NAE_EAA_T-354_Tartu_Tamme_Gumnaasium, lk 15
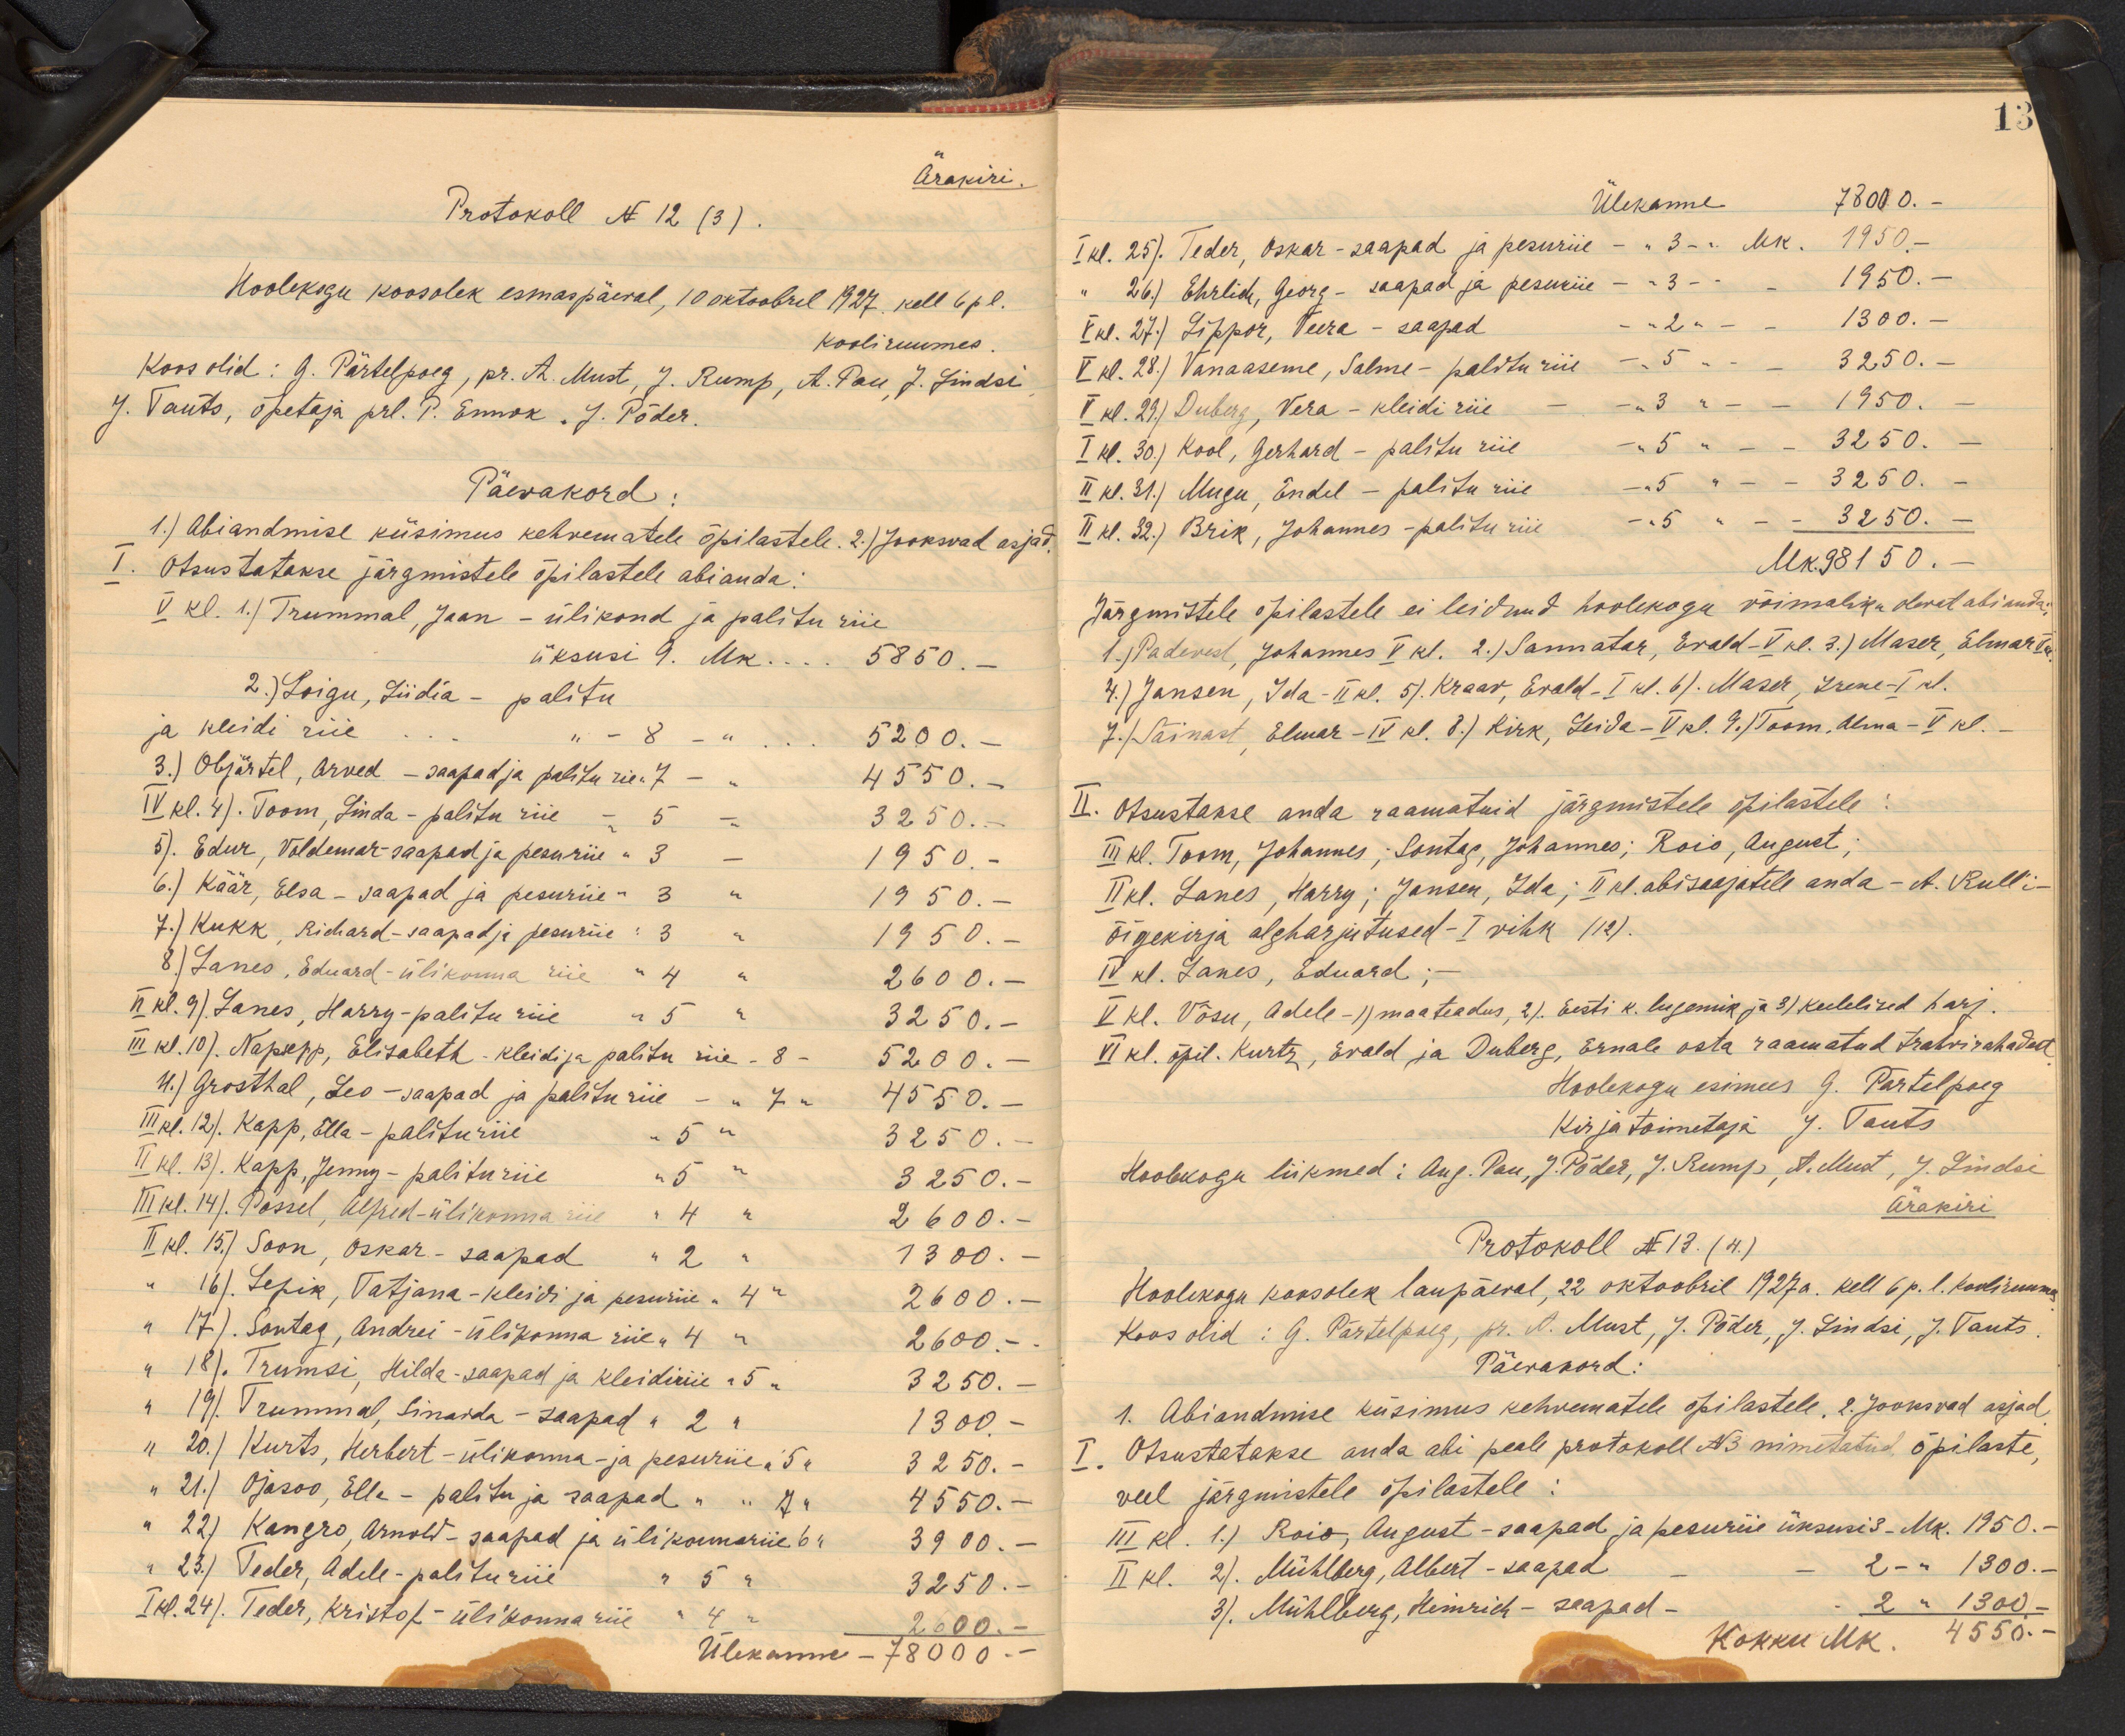
Ärakiri.
Protokoll No 12 (3).
Hoolekogu koosolek esmaspäeval, 10 oktoobril 1927 kell 6 pl.
Kooliruumes
Koos olid: G. Pärtelpoeg, pr. A. Must, J. Rump, A. Pau. J. Lindsi
J. Tauts, õpetaja prl. P. Ennok, J. Põder.
Päevakord:
1.) Abiandmise küsimus kehvematele õpilastele. 2.) Jooksvad asjad,
I. Otsustatakse järgmistele õpilastele abianda:
V kl. 1.) Trummal, Jaan - ülikond ja palitu riie
üksusi 9. Mk... 5850.-
2.) Loigu, Liidia - palitu
ja kleidi riie " " 8 - " 5200.-
3.) Objärtel, Arved - saapad ja palitu riie 7 - - 4550.-
IV kl. 4). Toom, Linda - palitu riie - 5 - 3250.-
3). Edur, Voldemar - saapad ja pesuriie " 3 - 1950.-
6.) Käär, Elsa - saapad ja pesuriie- 3 " " 1950.-
7.) Kukk, Richard - saapadja pesuriie: 3 - 1950
8) Lanes, Eduard - ülikonna riie " 4 " " 2600.-
II kl. 9). Lanes, Harry-palitu riie " 5 " 3250.-
III kl 10). Napsepp, Elisabeth - kleidi ja palitu riie - 8 - 5200.-
4.) Grosthal, Leo - saapad ja palituriie - " 7 " 4550.-
III kl. 12). Kapp, Ella - palituriie - 5 " 3250.-
III kl 14) Kapp, Jenny - palituriie " 5 " 3250.-
III kl. 14). Põssel, Alfred-ülikonna riie "4 " 2600.-
II kl. 15) Soon, Oskar-saapad "2 " 1300.-
"16). Lepik, Tatjana-kleidi ja pesuriie - 4" 2600.-
"17). Sontag, Andrei-ülikonna riie" 4 " 2600. -
"18). Trumsi, Hilda-saapad ja kleidiriie "5 - 3250.-
"19). Trummal, Sinaida - saapad "2 " 1300.-
"20.) Kurts, Herbert - ülikonna- ja pesuriie " 5 " 3250.-
"21.) Ojasoo, Ella - palitu ja saapad " " 7 " 4550.-
"22) Kangro, Arnold - saapad ja ülikonnariie "  6 " 3900.-
"23.) Teder, Adele-palituriie " 5 " 3250.-
I kl. 24). Teder, Kristof - ülikonnariie " 4 " 2600.-
Ülekanne - 78000.-

13
Ülekanne 7800.-
I kl. 25). Teder, Oskar-saapad ja pesuriie - " 3 - " Mk. 1950 --
"26.) Ehrlide, Georg-saapad ja pesuriie --3 - - 1950.-
V kl. 27.) Lippor, Veera - saapad - -2 - 1300.-
V kl. 28.) Vanaaseme, Salme-palituriie - 5 - 3250.-
V kl. 29.) Duberg, Vera - kleidi riie - - 3 - 1950.
I kl. 30) Kool, Gerhard - palitu riie - 5 " - 3250.-
II kl. 31.) Mugu, Endel - palitu riie - 5 " - 3250.-
II kl. 32.) Brik, Johannes - palituriie - 5 " - 3250.-
Mk 98150.-
Järgmistele õpilastele ei leidnud hoolekogu võimaliku olevat abi anda;
1.) Padevest, Johannes V kl. 2.) Sannatar, Evald -V kl. 3.) Maser, Elmar (V
4.) Jansen, Ida - II kl. 5) Kraav, Evald - I kl. 6). Maser, Irene-I kl.
7.) Säinast, Elmar -IV kl. 8.) Kirk, Leida - V kl. 9.) Toom, Alma -V kl.-
II. Otsustakse anda raamatuid järgmistele õpilastele:
III kl. Toom, Johannes; Sontag, Johannes; Rois, August;
II kl. Lanes, Harry;  Jansen, Ida; II kl.) abisaajatele anda - A. Rulli-
õigekirja algharjutused - I vihk (12).
IV kl. Lanes, Eduard;
V kl. Võsu, Adele - 1) maateadus, 2) Eesti k. lugemik ja 3) keelelised harj.
VI kl. õpil. Kurtz, Evald ja Duberg, Ernale osta raamatud trahvirahadest
Hoolekogu esimees G. Pärtelpoeg
Kirja toimetaja J. Tauts
Hoolekogu liikmed: Aug. Pau, J.Põder, J. Rump, A. Must, J. Lindsi
Ärakiri
Protokoll No 13. (4.)
Hoolekogu koosolek laupäeval, 22 oktoobril 1927a. kell 6 p. 1. kooliruumes
Koos olid: G. Pärtelpoeg, pr. A. Must, J. Põder, J. Lindsi, J. Tauts
Päevakord:
1. Abiandmise küsimus kehvematele õpilastele. 2. Jooksvad asjad
I Otsustatakse anda abi peale protokoll No 3 nimetatud õpilaste,
veel järgmistele õpilastele:
III kl. 1.) Roio, August - saapad ja pesuriie üksusi 3- Mk. 1950.-
II kl. 2). Mühberg, Albert - saapad - 2-"  1300-
3). Mühlberg, Heinrich - saapad - 2 " 1300-
Kokku Mk. 4550.-